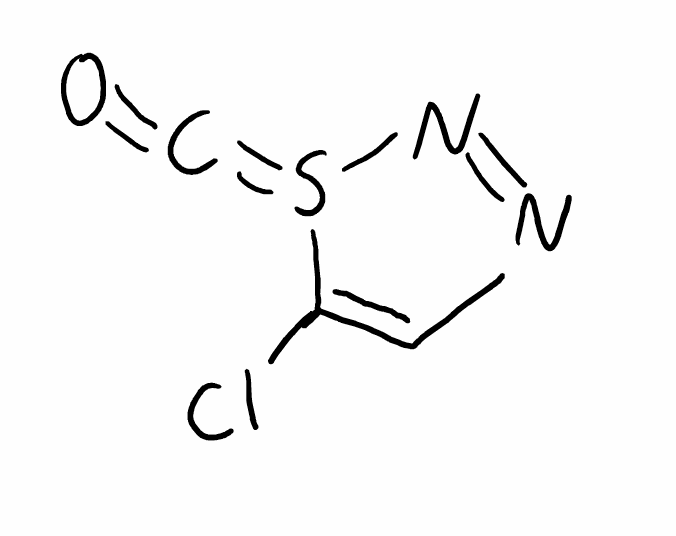
Simplified molecular-input line-entry system (SMILES) notation of the given molecule:
C1=C(S(=C=O)N=N1)Cl